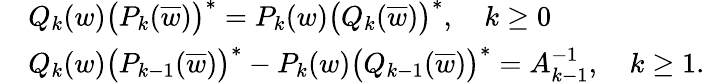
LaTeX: \begin{array}{rl}&{Q_{k}(w)\big(P_{k}(\overline{{w}})\big)^{*}=P_{k}(w)\big(Q_{k}(\overline{{w}})\big)^{*},\quad k\geq 0}\\ &{Q_{k}(w)\big(P_{k-1}(\overline{{w}})\big)^{*}-P_{k}(w)\big(Q_{k-1}(\overline{{w}})\big)^{*}=A_{k-1}^{-1},\quad k\geq 1.}\end{array}